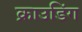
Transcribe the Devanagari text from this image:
क्राउडिंग